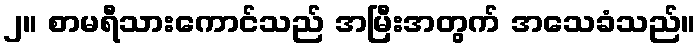
၂။ စာမရီသားကောင်သည် အမြီးအတွက် အသေခံသည်။